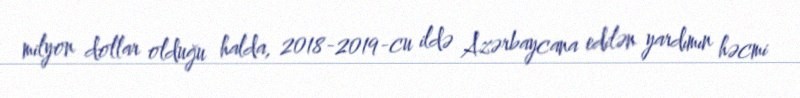
milyon dollar olduğu halda, 2018-2019-cu ildə Azərbaycana edilən yardımın həcmi